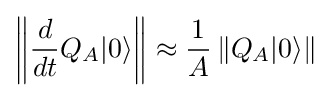
\left\|{d \over dt}Q_{A}|0\rangle \right\|\approx {\frac {1}{A}}\left\|Q_{A}|0\rangle \right\|